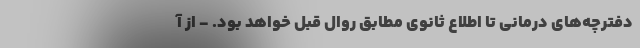
دفترچه‌های درمانی تا اطلاع ثانوی مطابق روال قبل خواهد بود. - از آ